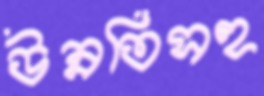
উন্নতিসহ